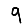
Digit: 9